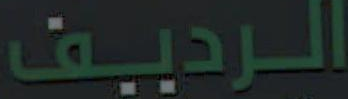
الرديف